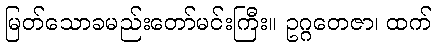
မြတ်သောခမည်းတော်မင်းကြီး။ ဥဂ္ဂတေဇာ၊ ထက်